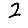
Digit: 2